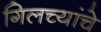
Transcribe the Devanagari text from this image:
गिलच्यांचे